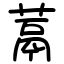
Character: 蒚